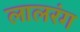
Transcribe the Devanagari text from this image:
लालरंग